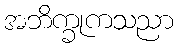
အဘိက္ခုကသညာ